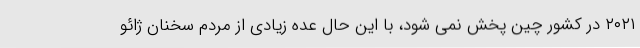
۲۰۲۱ در کشور چین پخش نمی شود، با این حال عده زیادی از مردم سخنان ژائو